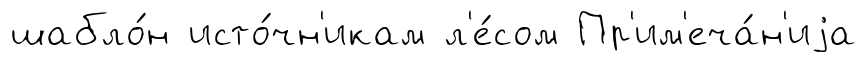
шабло́н исто́чн'икам л'е́сом Пр'им'еча́н'иjа